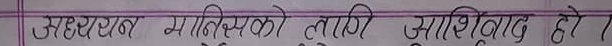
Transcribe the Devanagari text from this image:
अहररात मस्तिष्कको लागि आशिर्वाद हो !